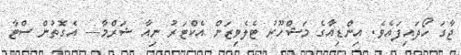
ޖާގަ ހޯދައިފައެވެ. އިންޑިއާގެ މަޝްހޫރު ޓެލެވިޒަން އެކްޓަރު ނިއާ ޝަރްމާ--- އެގޮތުން ސްޓާ